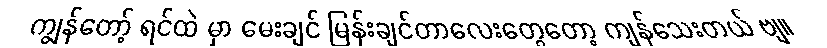
ကျွန်တော့် ရင်ထဲ မှာ မေးချင် မြန်းချင်တာလေးတွေတော့ ကျန်သေးတယ် ဗျ။